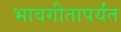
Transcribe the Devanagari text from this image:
भावगीतापर्यंत